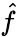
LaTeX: \hat{f}